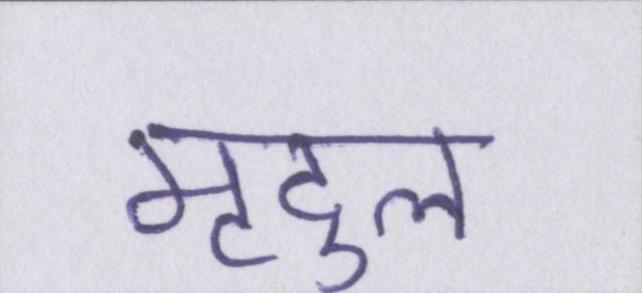
मृदुल